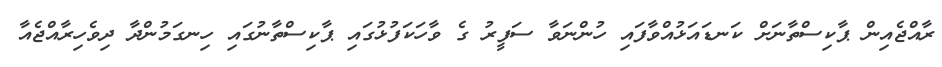
ރާއްޖެއިން ޕާކިސްތާނަށް ކަނޑައަޅުއްވާފައި ހުންނަވާ ސަފީރު ގެ ވާހަކަފުޅުގައި ޕާކިސްތާނުގައި ހިނގަމުންދާ ދިވެހިރާއްޖެއާ